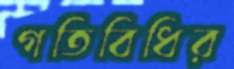
গতিবিধির